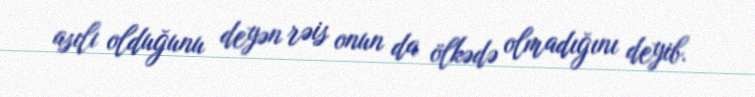
asılı olduğunu deyən rəis onun da ölkədə olmadığını deyib.